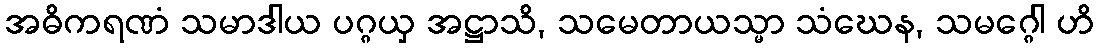
အဓိကရဏံ သမာဒါယ ပဂ္ဂယှ အဋ္ဌာသိ, သမေတာယသ္မာ သံဃေန, သမဂ္ဂေါ ဟိ